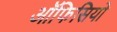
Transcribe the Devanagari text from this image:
ऑफिसियो